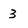
Character: 3